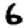
Digit: 6